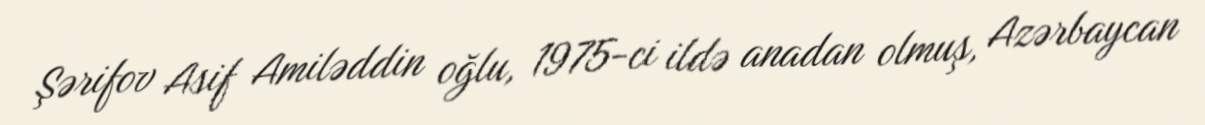
Şərifov Asif Amiləddin oğlu, 1975-ci ildə anadan olmuş, Azərbaycan